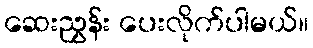
ဆေးညွှန်း ပေးလိုက်ပါမယ်။